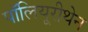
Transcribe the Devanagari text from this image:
पॉलियूरीथेन